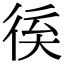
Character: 𢓽